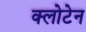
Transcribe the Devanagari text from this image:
क्लोटेन